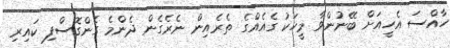
ހާއްސަ އެހީއަށް ބޭނުންވާ މީހަކު ގެއެއްގެ ތެރެއިން ނެރެގެން ދެންމެ ގެންގޮސްފި ކައިރި